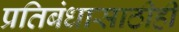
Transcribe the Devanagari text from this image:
प्रतिबंधासाठीही